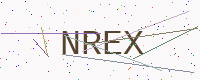
Text: NREX